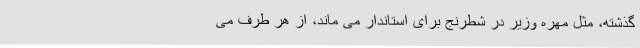
گذشته، مثل مهره وزیر در شطرنج برای استاندار می ماند، از هر طرف می